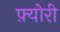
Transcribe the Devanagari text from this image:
फ़्योरी